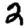
Digit: 2